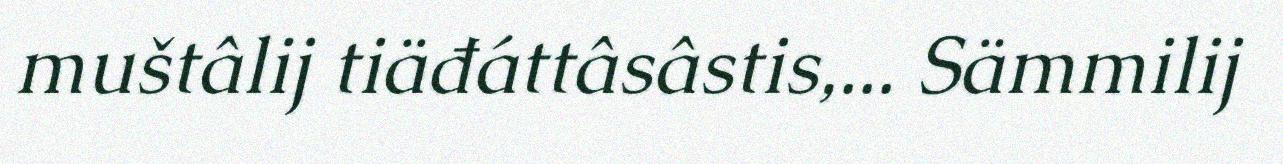
muštâlij tiäđáttâsâstis,... Sämmilij